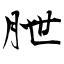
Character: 朑